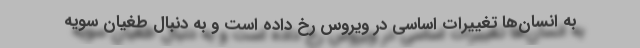
به انسان‌ها تغییرات اساسی در ویروس رخ داده است و به دنبال طغیان سویه